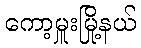
ကော့မှူးမြို့နယ်